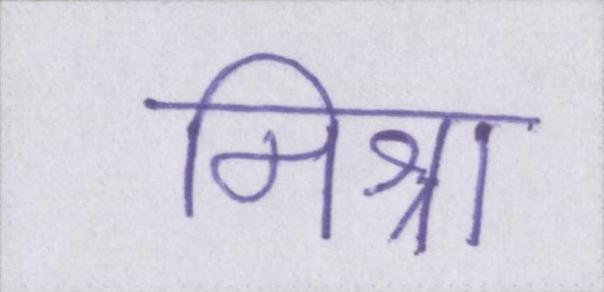
मिश्रा